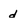
Character: d